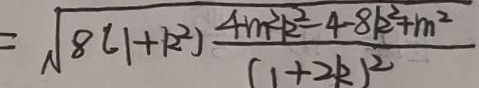
= \sqrt { 8 ( 1 + k ^ { 2 } ) } \frac { 4 m ^ { 2 } R ^ { 2 } - 4 - 8 k ^ { 2 } + m ^ { 2 } } { ( 1 + 2 k ) ^ { 2 } }